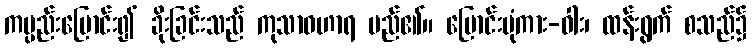
ကမ္ပည်းပြောင်း၍ ခိုးခြင်းသည် ကုသာဝဟာရ မည်၏။ ပြောင်းပုံကား-ဝါး၊ ထန်းရွက် စသည်၌